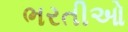
ભરતીઓ